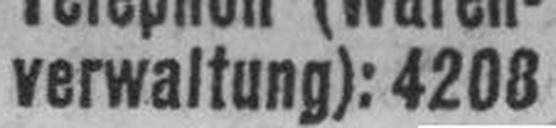
verwaltung): 4208